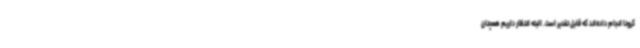
کرونا انجام داده‌اند که قابل تقدیر است. البته انتظار داریم همچنان